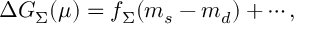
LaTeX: \Delta G _ { \Sigma } ( \mu ) = f _ { \Sigma } ( m _ { s } - m _ { d } ) + \cdots ,